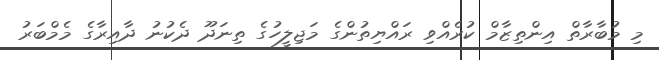
މި މުބާރާތް އިންތިޒާމް ކުރެއްވި ރައްޔިތުންގެ މަޖިލީހުގެ ތިނަދޫ ދެކުނު ދާއިރާގެ މެމްބަރު